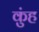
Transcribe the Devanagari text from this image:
कुंह